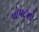
પોપટનો